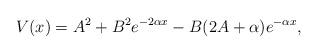
LaTeX: \begin{align*} V(x)=A^2+B^2e^{-2\alpha x}-B(2A+\alpha )e^{-\alpha x},\end{align*}